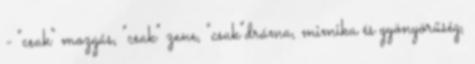
- "csak" mozgás, "csak" zene, "csak"dráma, mimika és gyönyörűség,